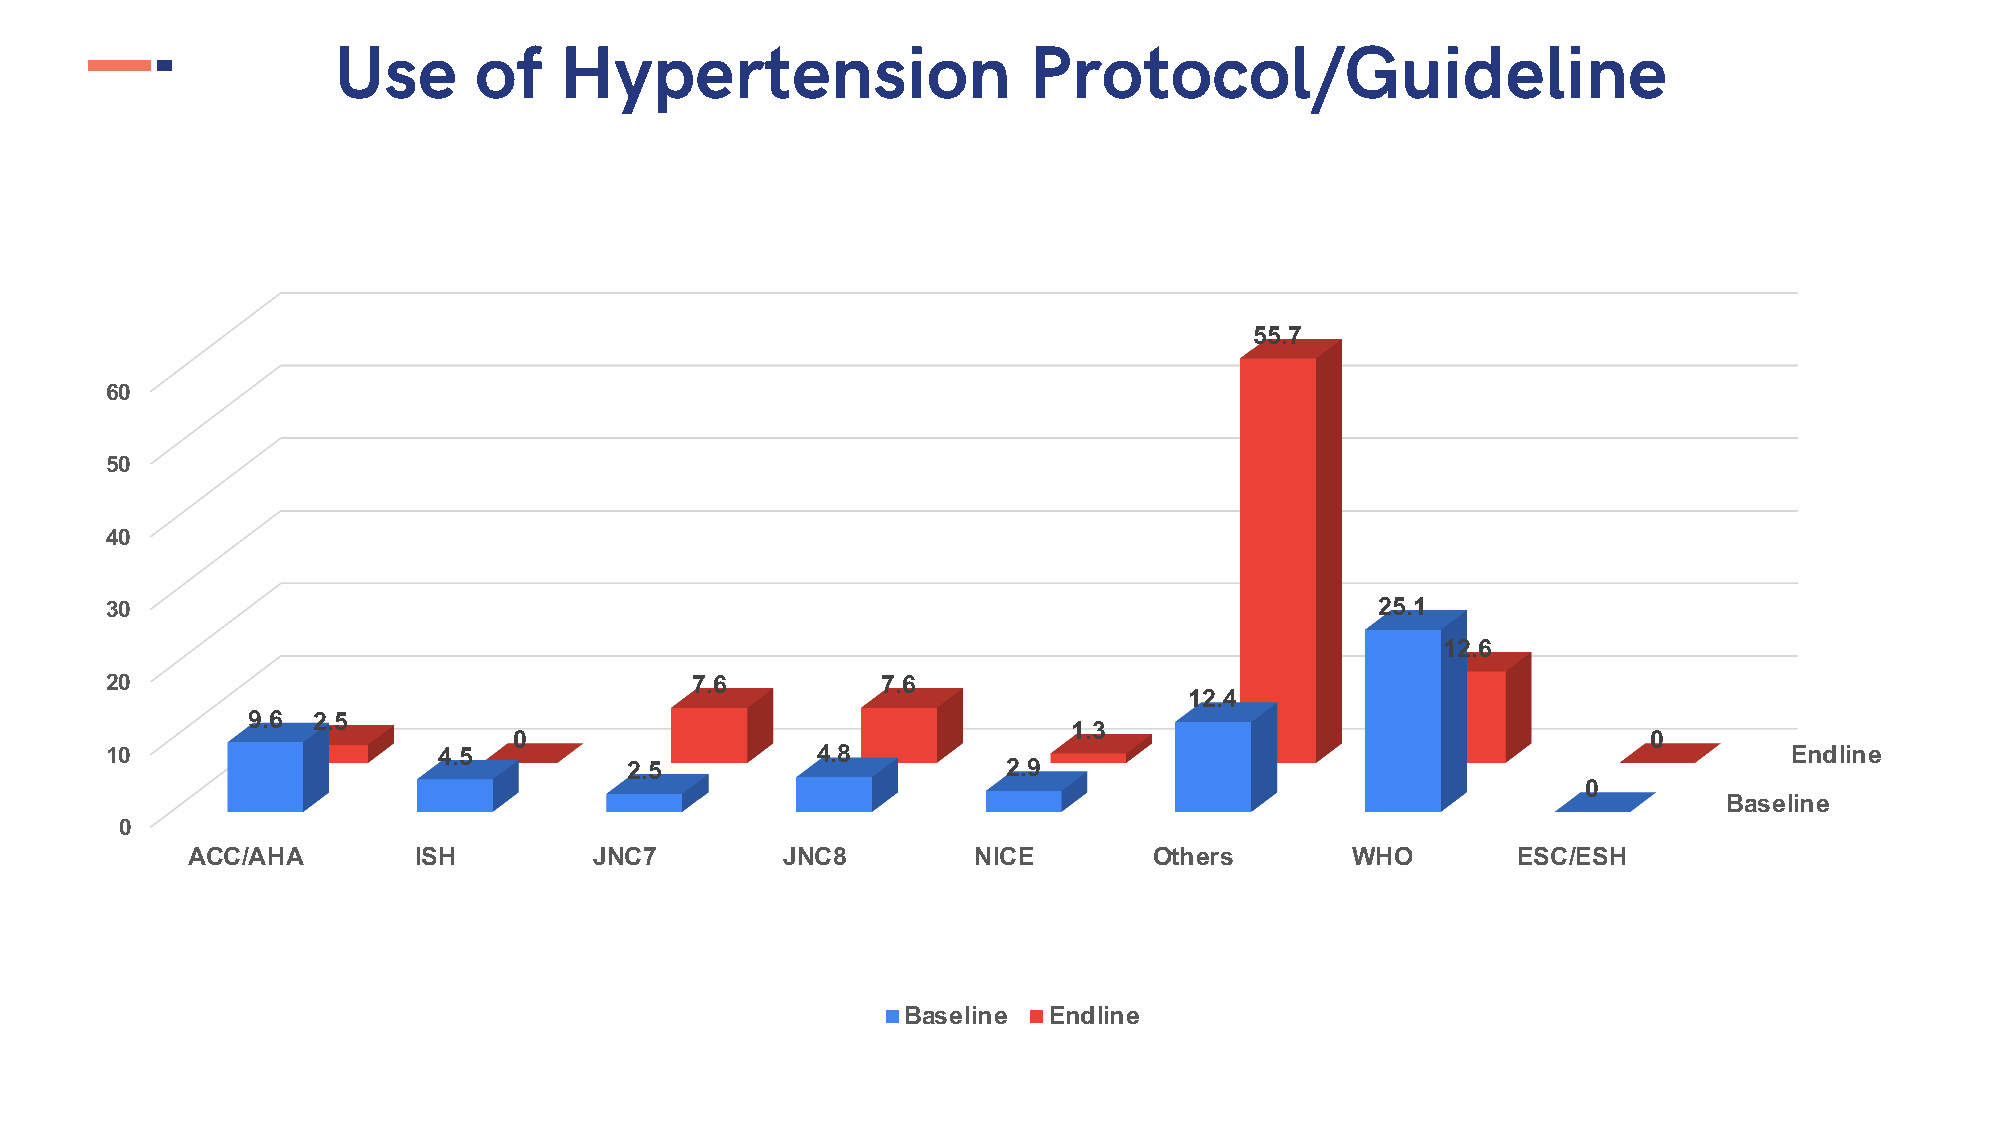
Use      of    Hypertension                   Protocol/Guideline
 55.7
 60
 50
 40
 30                                                                                  25.1
 12.6
 20                                     7.6         7.6
 12.4
 9.6  2.5
 1.3
 0                                                                          0
 10                    4.5                      4.8                                                              Endline
 2.5                       2.9
 0
 Baseline
 0
 ACC/AHA        ISH         JNC7         JNC8        NICE        Others       WHO        ESC/ESH
 Baseline Endline